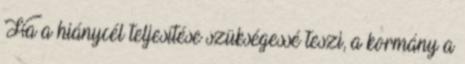
Ha a hiánycél teljesítése szükségessé teszi, a kormány a